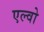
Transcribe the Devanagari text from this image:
एल्वो